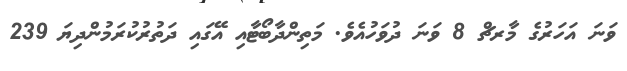
ވަނަ އަހަރުގެ މާރޗް 8 ވަނަ ދުވަހުއެވެ. މަތިންދާބޯޓާއި އޭގައި ދަތުރުކުރަމުންދިޔަ 239